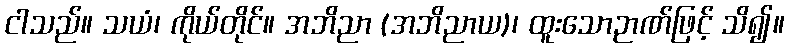
ငါသည်။ သယံ၊ ကိုယ်တိုင်။ အဘိညာ (အဘိညာယ)၊ ထူးသောဉာဏ်ဖြင့် သိ၍။